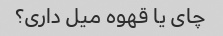
چای یا قهوه میل داری؟